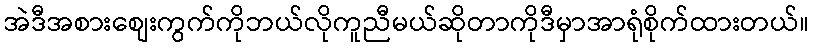
အဲဒီအစားစျေးကွက်ကိုဘယ်လိုကူညီမယ်ဆိုတာကိုဒီမှာအာရုံစိုက်ထားတယ်။